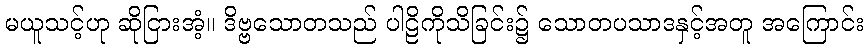
မယူသင့်ဟု ဆိုငြားအံ့။ ဒိဗ္ဗသောတသည် ပါဠိကိုသိခြင်း၌ သောတပသာဒနှင့်အတူ အကြောင်း